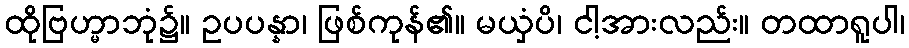
ထိုဗြဟ္မာဘုံ၌။ ဥပပန္နာ၊ ဖြစ်ကုန်၏။ မယှံပိ၊ ငါ့အားလည်း။ တထာရူပါ၊